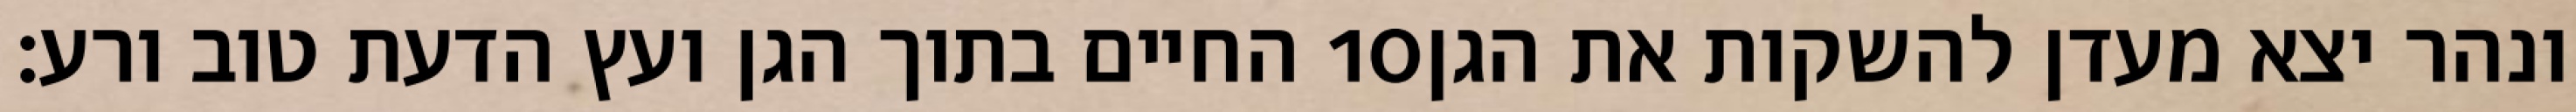
החיים בתוך הגן ועץ הדעת טוב ורע׃ ‎10‏ ונהר יצא מעדן להשקות את הגן